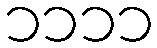
၁၁၁၁